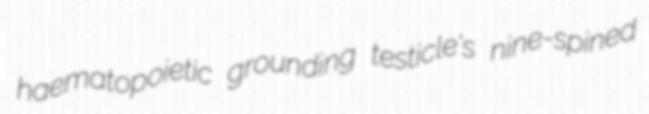
haematopoietic grounding testicle's nine-spined